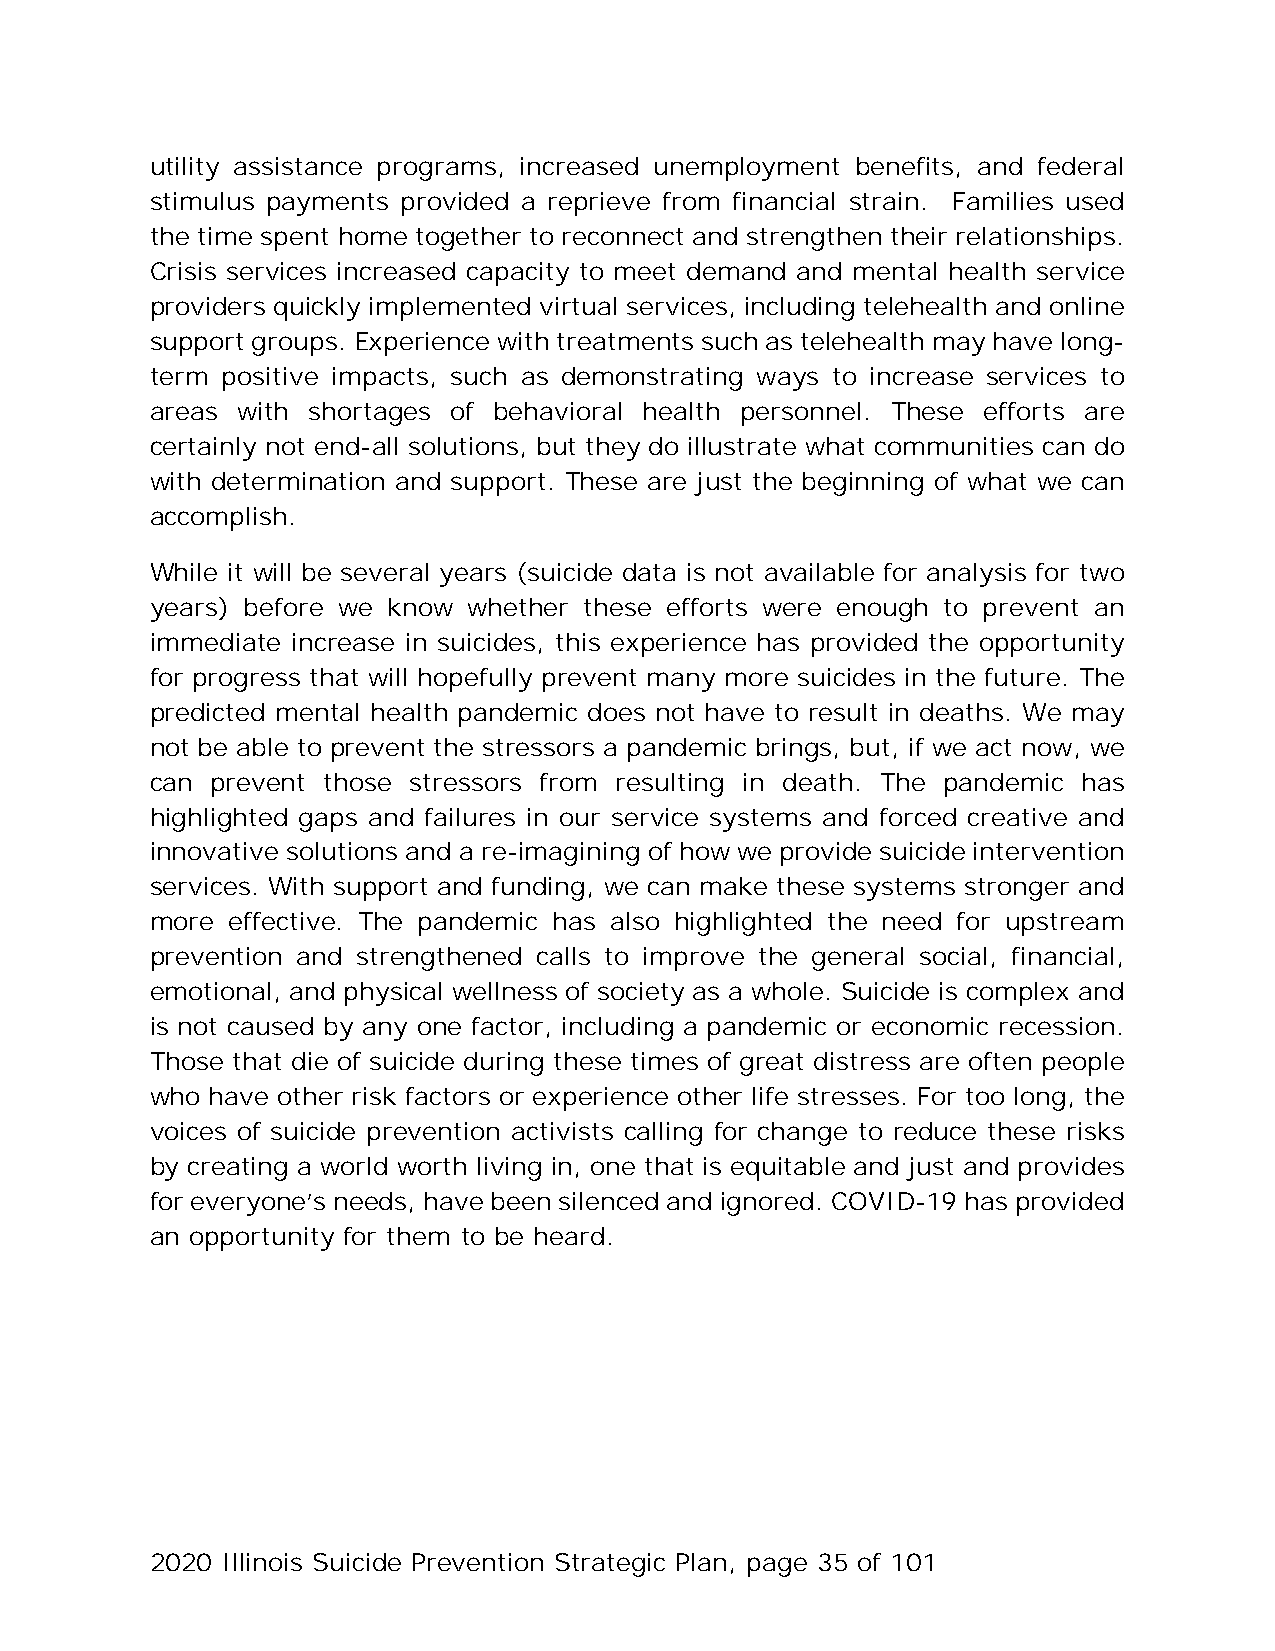
utility assistance programs, increased unemployment benefits, and federal
 stimulus payments provided a reprieve from financial strain. Families used
 the time spent home together to reconnect and strengthen their relationships.
 Crisis services increased capacity to meet demand and mental health service
 providers quickly implemented virtual services, including telehealth and online
 support groups. Experience with treatments such as telehealth may have long-
 term positive impacts, such as demonstrating ways to increase services to
 areas with shortages of behavioral health personnel. These efforts are
 certainly not end-all solutions, but they do illustrate what communities can do
 with determination and support. These are just the beginning of what we can
 accomplish.
 While it will be several years (suicide data is not available for analysis for two
 years) before we know whether these efforts were enough to prevent an
 immediate increase in suicides, this experience has provided the opportunity
 for progress that will hopefully prevent many more suicides in the future. The
 predicted mental health pandemic does not have to result in deaths. We may
 not be able to prevent the stressors a pandemic brings, but, if we act now, we
 can prevent those stressors from resulting in death. The pandemic has
 highlighted gaps and failures in our service systems and forced creative and
 innovative solutions and a re-imagining of how we provide suicide intervention
 services. With support and funding, we can make these systems stronger and
 more effective. The pandemic has also highlighted the need for upstream
 prevention and strengthened calls to improve the general social, financial,
 emotional, and physical wellness of society as a whole. Suicide is complex and
 is not caused by any one factor, including a pandemic or economic recession.
 Those that die of suicide during these times of great distress are often people
 who have other risk factors or experience other life stresses. For too long, the
 voices of suicide prevention activists calling for change to reduce these risks
 by creating a world worth living in, one that is equitable and just and provides
 for everyone’s needs, have been silenced and ignored. COVID-19 has provided
 an opportunity for them to be heard.
 2020 Illinois Suicide Prevention Strategic Plan, page 35 of 101